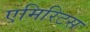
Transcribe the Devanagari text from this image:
एमिरिटस